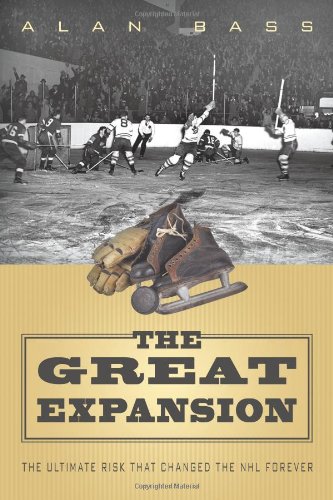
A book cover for The Great Expansion: The Ultimate Risk that Changed the NHL Forever; Alan Bass; Sports & Outdoors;